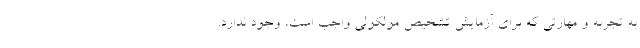
به تجربه و مهارتی که برای آزمایش تشخیص مولکولی واجب است، وجود ندارد.